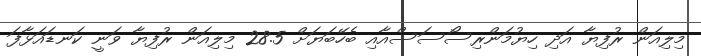
މިލިއަން ރުފިޔާ އަދި ހިޔުމަންރިސޯސަސްއާއި ބެހޭބަޔަށް 28.5 މިލިއަން ރުފިޔާ ވަނީ ކަނޑައަޅާފަ